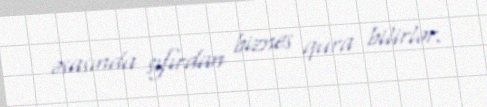
əsasında sıfırdan biznes qura bilirlər.